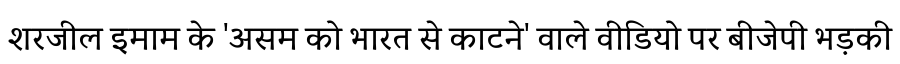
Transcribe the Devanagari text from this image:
शरजील इमाम के 'असम को भारत से काटने' वाले वीडियो पर बीजेपी भड़की